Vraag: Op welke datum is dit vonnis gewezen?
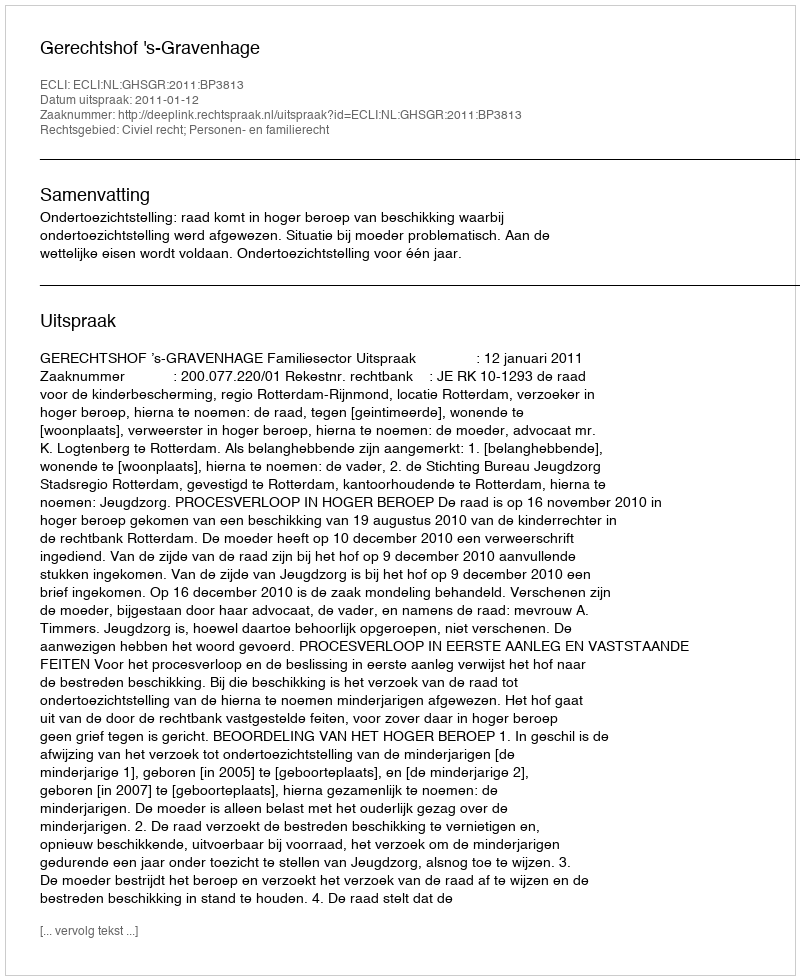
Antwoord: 2011-01-12